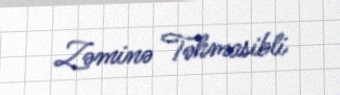
Zəminə Təhmasibli